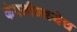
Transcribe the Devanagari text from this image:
कंपनीमध्येच